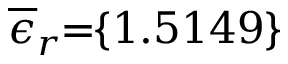
\! \overline { { \epsilon } } _ { r } \! \! = \! \! \{ 1 . 5 1 4 9 \} \!